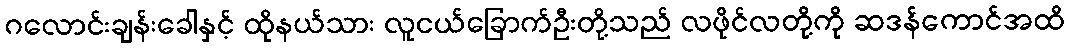
ဂလောင်းချန်းခေါနှင့် ထိုနယ်သား လူငယ်ခြောက်ဦးတို့သည် လဖိုင်လတို့ကို ဆဒန်ကောင်အထိ